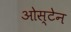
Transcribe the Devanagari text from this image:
ओस्टेन